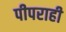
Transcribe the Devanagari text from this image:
पीपराही